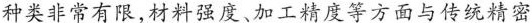
种类非常有限,材料强度、加工精度等方面与传统精密